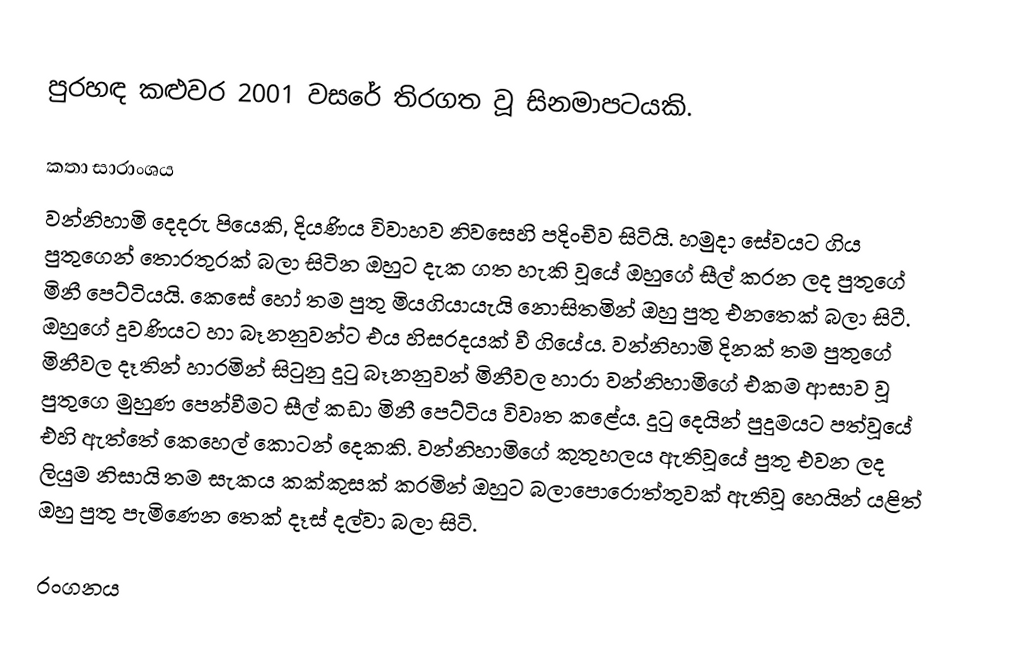
පුරහඳ කළුවර 2001 වසරේ තිරගත වූ සිනමාපටයකි.

කතා සාරාංශය
වන්නිහාමි දෙදරු පියෙකි, දියණිය විවාහව නිවසෙහි පදිංචිව සිටියි. හමුදා සේවයට ගිය පුතුගෙන් තොරතුරක් බලා සිටින ඔහුට දැක ගත හැකි වූයේ ඔහුගේ සීල් කරන ලද පුතුගේ මිනී පෙට්ටියයි. කෙසේ හෝ තම පුතු මියගියායැයි නොසිතමින් ඔහු පුතු එනතෙක් බලා සිටී. ඔහුගේ දුවණියට හා බෑනනුවන්ට එය හිසරදයක් වී ගියේය. වන්නිහාමි දිනක් තම පුතුගේ මිනීවල දෑතින් හාරමින් සිටුනු දුටු බෑනනුවන් මිනීවල හාරා වන්නිහාමිගේ එකම ආසාව වූ පුතුගෙ මුහුණ පෙන්වීමට සීල් කඩා මිනී පෙට්ටිය විවෘත කළේය. දුටු දෙයින් පුදුමයට පත්වූයේ එහි ඇත්තේ කෙහෙල් කොටන් දෙකකි. වන්නිහාමිගේ කුතුහලය  ඇතිවූයේ පුතු එවන ලද ලියුම නිසායි තම සැකය කක්කුසක් කරමින් ඔහුට බලාපොරොත්තුවක් ඇතිවූ හෙයින් යළිත් ඔහු පුතු පැමිණෙන තෙක් දෑස් දල්වා බලා සිටි.

රංගනය